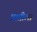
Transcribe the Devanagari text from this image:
प्राप्तीला